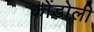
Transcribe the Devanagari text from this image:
कोंडोली